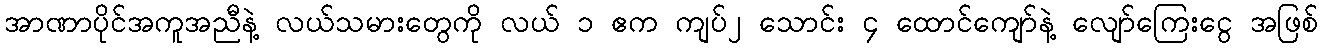
အာဏာပိုင်အကူအညီနဲ့ လယ်သမားတွေကို လယ် ၁ ဧက ကျပ်၂ သောင်း ၄ ထောင်ကျော်နဲ့ လျော်ကြေးငွေ အဖြစ်